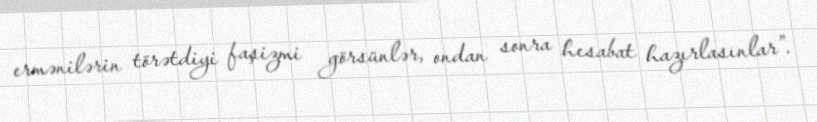
ermənilərin törətdiyi faşizmi görsünlər, ondan sonra hesabat hazırlasınlar”.